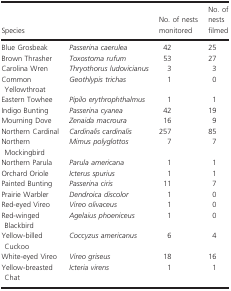
<table><thead><tr><td><b>Species</b></td><td></td><td><b>No. of nests monitored</b></td><td><b>No. of nests filmed</b></td></tr></thead><tbody><tr><td>Blue Grosbeak</td><td><i>Passerina caerulea</i></td><td>42</td><td>25</td></tr><tr><td>Brown Thrasher</td><td><i>Toxostoma rufum</i></td><td>53</td><td>27</td></tr><tr><td>Carolina Wren</td><td><i>Thryothorus ludovicianus</i></td><td>3</td><td>3</td></tr><tr><td>Common Yellowthroat</td><td><i>Geothlypis trichas</i></td><td>1</td><td>0</td></tr><tr><td>Eastern Towhee</td><td><i>Pipilo erythrophthalmus</i></td><td>1</td><td>1</td></tr><tr><td>Indigo Bunting</td><td><i>Passerina cyanea</i></td><td>42</td><td>19</td></tr><tr><td>Mourning Dove</td><td><i>Zenaida macroura</i></td><td>16</td><td>9</td></tr><tr><td>Northern Cardinal</td><td><i>Cardinalis cardinalis</i></td><td>257</td><td>85</td></tr><tr><td>Northern Mockingbird</td><td><i>Mimus polyglottos</i></td><td>7</td><td>7</td></tr><tr><td>Northern Parula</td><td><i>Parula americana</i></td><td>1</td><td>1</td></tr><tr><td>Orchard Oriole</td><td><i>Icterus spurius</i></td><td>1</td><td>1</td></tr><tr><td>Painted Bunting</td><td><i>Passerina ciris</i></td><td>11</td><td>7</td></tr><tr><td>Prairie Warbler</td><td><i>Dendroica discolor</i></td><td>1</td><td>0</td></tr><tr><td>Red‐eyed Vireo</td><td><i>Vireo olivaceus</i></td><td>1</td><td>0</td></tr><tr><td>Red‐winged Blackbird</td><td><i>Agelaius phoeniceus</i></td><td>1</td><td>0</td></tr><tr><td>Yellow‐billed Cuckoo</td><td><i>Coccyzus americanus</i></td><td>6</td><td>4</td></tr><tr><td>White‐eyed Vireo</td><td><i>Vireo griseus</i></td><td>18</td><td>16</td></tr><tr><td>Yellow‐breasted Chat</td><td><i>Icteria virens</i></td><td>1</td><td>1</td></tr></tbody></table>